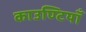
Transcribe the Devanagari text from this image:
काउण्टियाँ